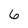
Character: 6